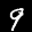
Label: 9